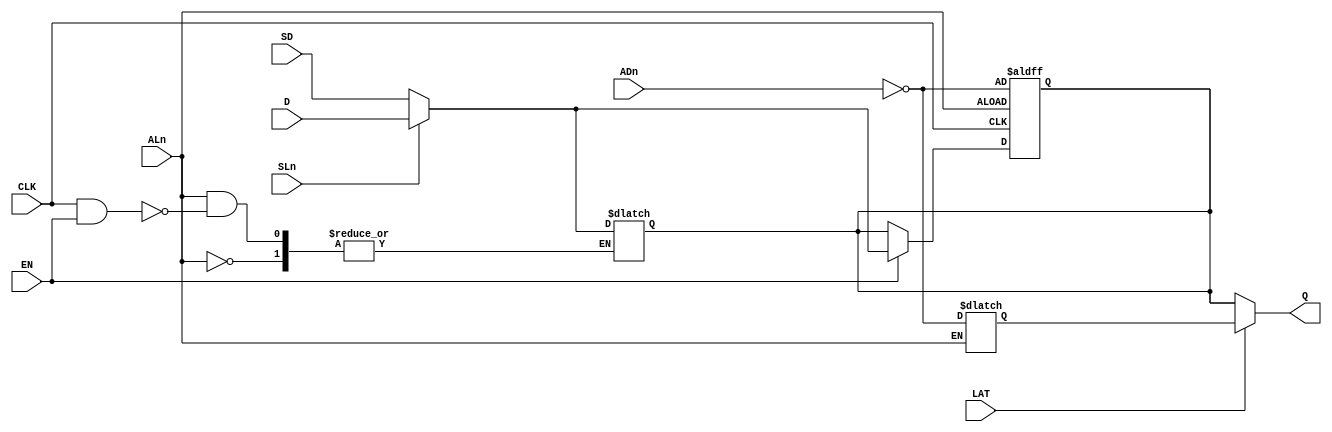
module SLE (
	output Q,
	input ADn,
	input ALn,
	(* clkbuf_sink *)
	input CLK,
	input D,
	input LAT,
	input SD,
	input EN,
	input SLn
);
	reg q_latch, q_ff;
	always @(posedge CLK, negedge ALn) begin
		if (!ALn) begin
			q_ff <= !ADn;
		end else if (EN) begin
			if (!SLn)
				q_ff <= SD;
			else
				q_ff <= D;
		end
	end
	always @* begin
		if (!ALn) begin
			q_latch <= !ADn;
		end else if (CLK && EN) begin
			if (!SLn)
				q_ff <= SD;
			else
				q_ff <= D;
		end
	end
	assign Q = LAT ? q_latch : q_ff;
endmodule